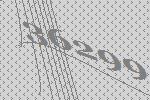
36299